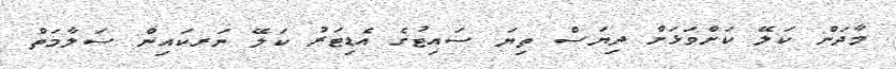
މާދަން ކަލޭ ކަށްވަޅަށް ދިޔަސް ތިޔަ ސައިޓުގެ އެޑިޓަރު ކަލޭ ނަރކައިން ސަލާމަތް